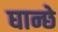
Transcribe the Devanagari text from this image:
घान्छे